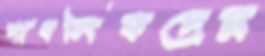
পাবলিকদের